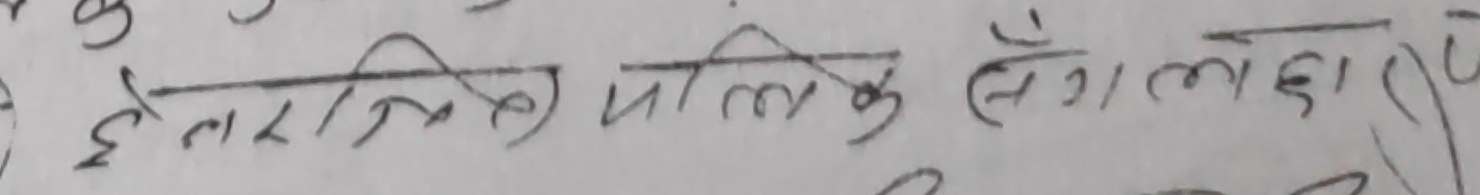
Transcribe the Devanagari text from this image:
इलेक्ट्रिक पालिस लाग्यो